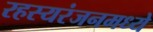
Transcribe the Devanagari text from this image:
रहस्यरंजनमध्ये